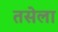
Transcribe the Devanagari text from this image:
तसेला